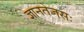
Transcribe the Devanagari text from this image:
ज्ञानतेजसः